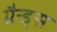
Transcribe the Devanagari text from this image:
ग्रैन्ड्स